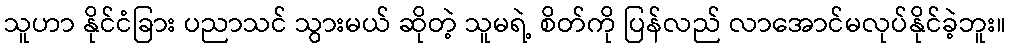
သူဟာ နိုင်ငံခြား ပညာသင် သွားမယ် ဆိုတဲ့ သူမရဲ့ စိတ်ကို ပြန်လည် လာအောင်မလုပ်နိုင်ခဲ့ဘူး။